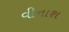
વીનાશ